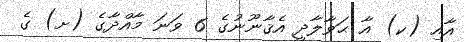
އާއި (ކ) އާ ޙަވާލާދީ އެޤާނޫނުގެ 6 ވަނަ މާއްދާގެ (ށ) ގެ